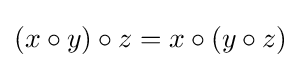
(x\circ y)\circ z=x\circ (y\circ z)